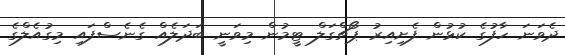
ދެވަނަ ހާފުގެ ކުޅުން ފެށިއިރު ޕޯޗްގަލް ޓީމުން މިވަނީ ބަދަލެއް ގެނެސްފައި މިގުއެލްގެ